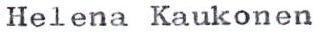
Helena Kaukonen